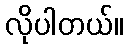
လိုပါတယ်။